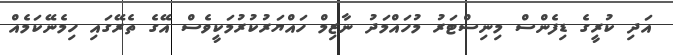
އަދި ކުރީގެ ޑިފެންސް މިނިސްޓަރު މުހައްމަދު ނާޒިމް ހައްޔަރުކުރުމަކީވެސް އޭގެ ތެރޭގައި ހިމެނޭކަމެއް